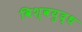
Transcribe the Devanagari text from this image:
विश्‍वयुद्ध